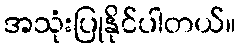
အသုံးပြုနိုင်ပါတယ်။